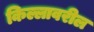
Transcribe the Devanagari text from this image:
किल्लावरील